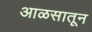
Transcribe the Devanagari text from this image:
आळसातून